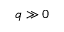
q \gg 0